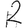
Digit: 2